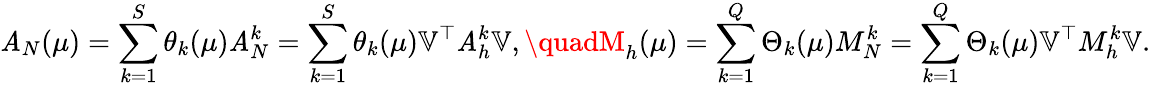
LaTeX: \mathit{A}_{N}(\mu)=\sum_{k=1}^{S}\theta_{k}(\mu)\mathit{A}_{N}^{k}=\sum_{k=1}^{S}\theta_{k}(\mu)\mathbb{{V}}^{\top}\mathit{A}_{h}^{k}\mathbb{{V}},\quadM_{h}(\mu)=\sum_{k=1}^{Q}\Theta_{k}(\mu)M_{N}^{k}=\sum_{k=1}^{Q}\Theta_{k}(\mu)\mathbb{{V}}^{\top}M_{h}^{k}\mathbb{{V}}.